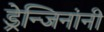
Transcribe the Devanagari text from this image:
ड्रेन्जिनांनी